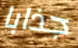
جذابا